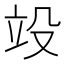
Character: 竐